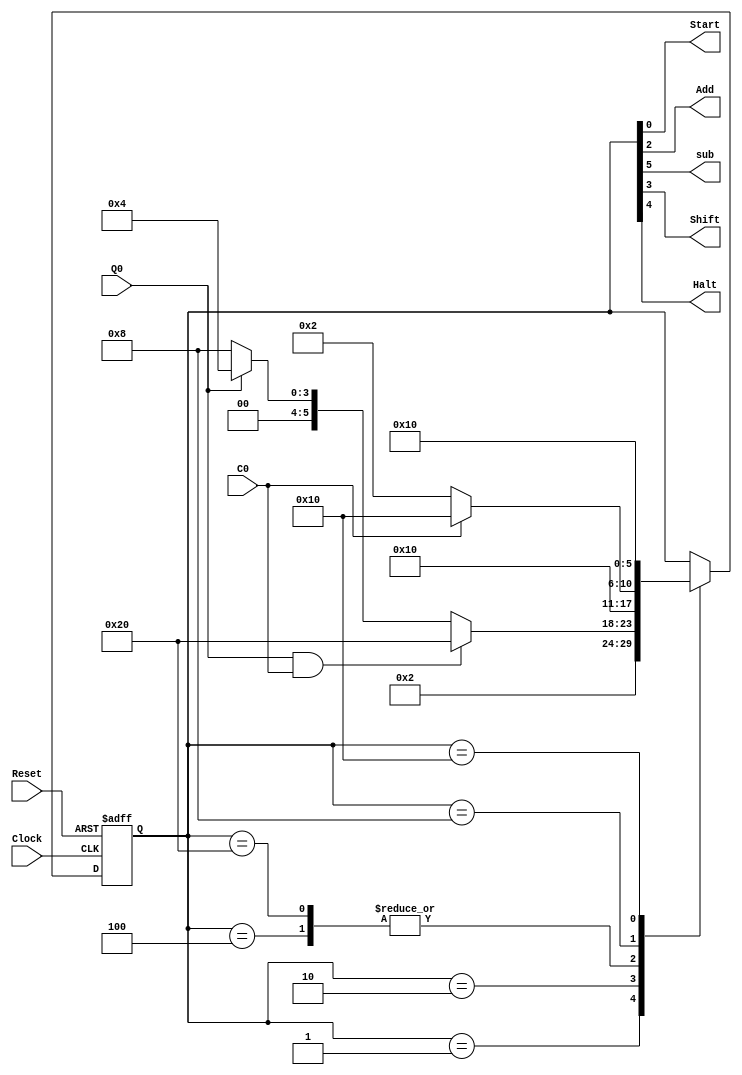
module MultControl 
	(
		input Clock, Reset, Q0, C0,               //declare inputs
		output Start, Add,sub, Shift, Halt			//declare outputs
	);  
	
	reg [5:0] state;                					//five states (one hot one flip-flop per state)
	
	//one-hot state assignments for five states
	
	parameter StartS=6'b000001, TestS=6'b000010, AddS=6'b000100, ShiftS=6'b001000, HaltS=6'b010000,subS=6'b100000	;

	// State transitions on positive edge of Clock or Resets
	
	always @(posedge Clock, posedge Reset)
	if (Reset==1) 
		state <= StartS		; 				//enter StartS state on Reset
	else 											//change state on Clock
	case (state)          
	StartS:  
			state <= TestS		;       		// StartS to TestS
	TestS:   
		if (Q0 == 1 && C0 == 1) 
			state <= subS		;
		else if(Q0 == 1)
			state <= AddS		; 				// TestS to AddS if Q0=1
		else 
			state <= ShiftS	; 				// TestS to ShiftS if Q0=0
	AddS:  
			state <= ShiftS	;          	// AddS to ShiftS
	subS:
			state <= ShiftS	;          	// subS to ShiftS
	ShiftS:   
		if (C0) 
			state <= HaltS		;  			// ShiftS to HaltS if C0=1
		else 
			state <= TestS		; 				// ShiftS to TestS if C0=0
	HaltS:  
			state <= HaltS		; 				// stay in HaltS
	endcase

	// Moore model - activate one output per state
	assign Start 	= state[0]	;      // Start=1 in state StartS, else 0
	assign Add  	= state[2]	;      // Add=1 in state AddS, else 0
	assign Shift 	= state[3]	;      // Shift=1 in state ShiftS, else 0
	assign Halt  	= state[4]	;      // Halt=1 in state HaltS, else 0
	
	assign sub	 	= state[5] 	;
	
endmodule